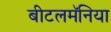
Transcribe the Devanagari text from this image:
बीटलमॅनिया